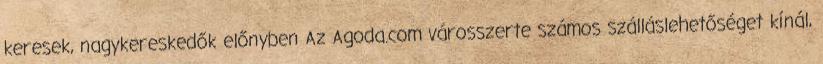
keresek, nagykereskedők előnyben Az Agoda.com városszerte számos szálláslehetőséget kínál,